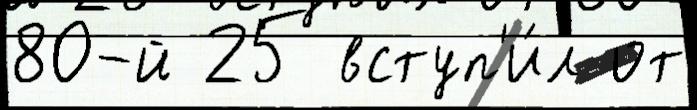
80-й 25 вступ'и́л от